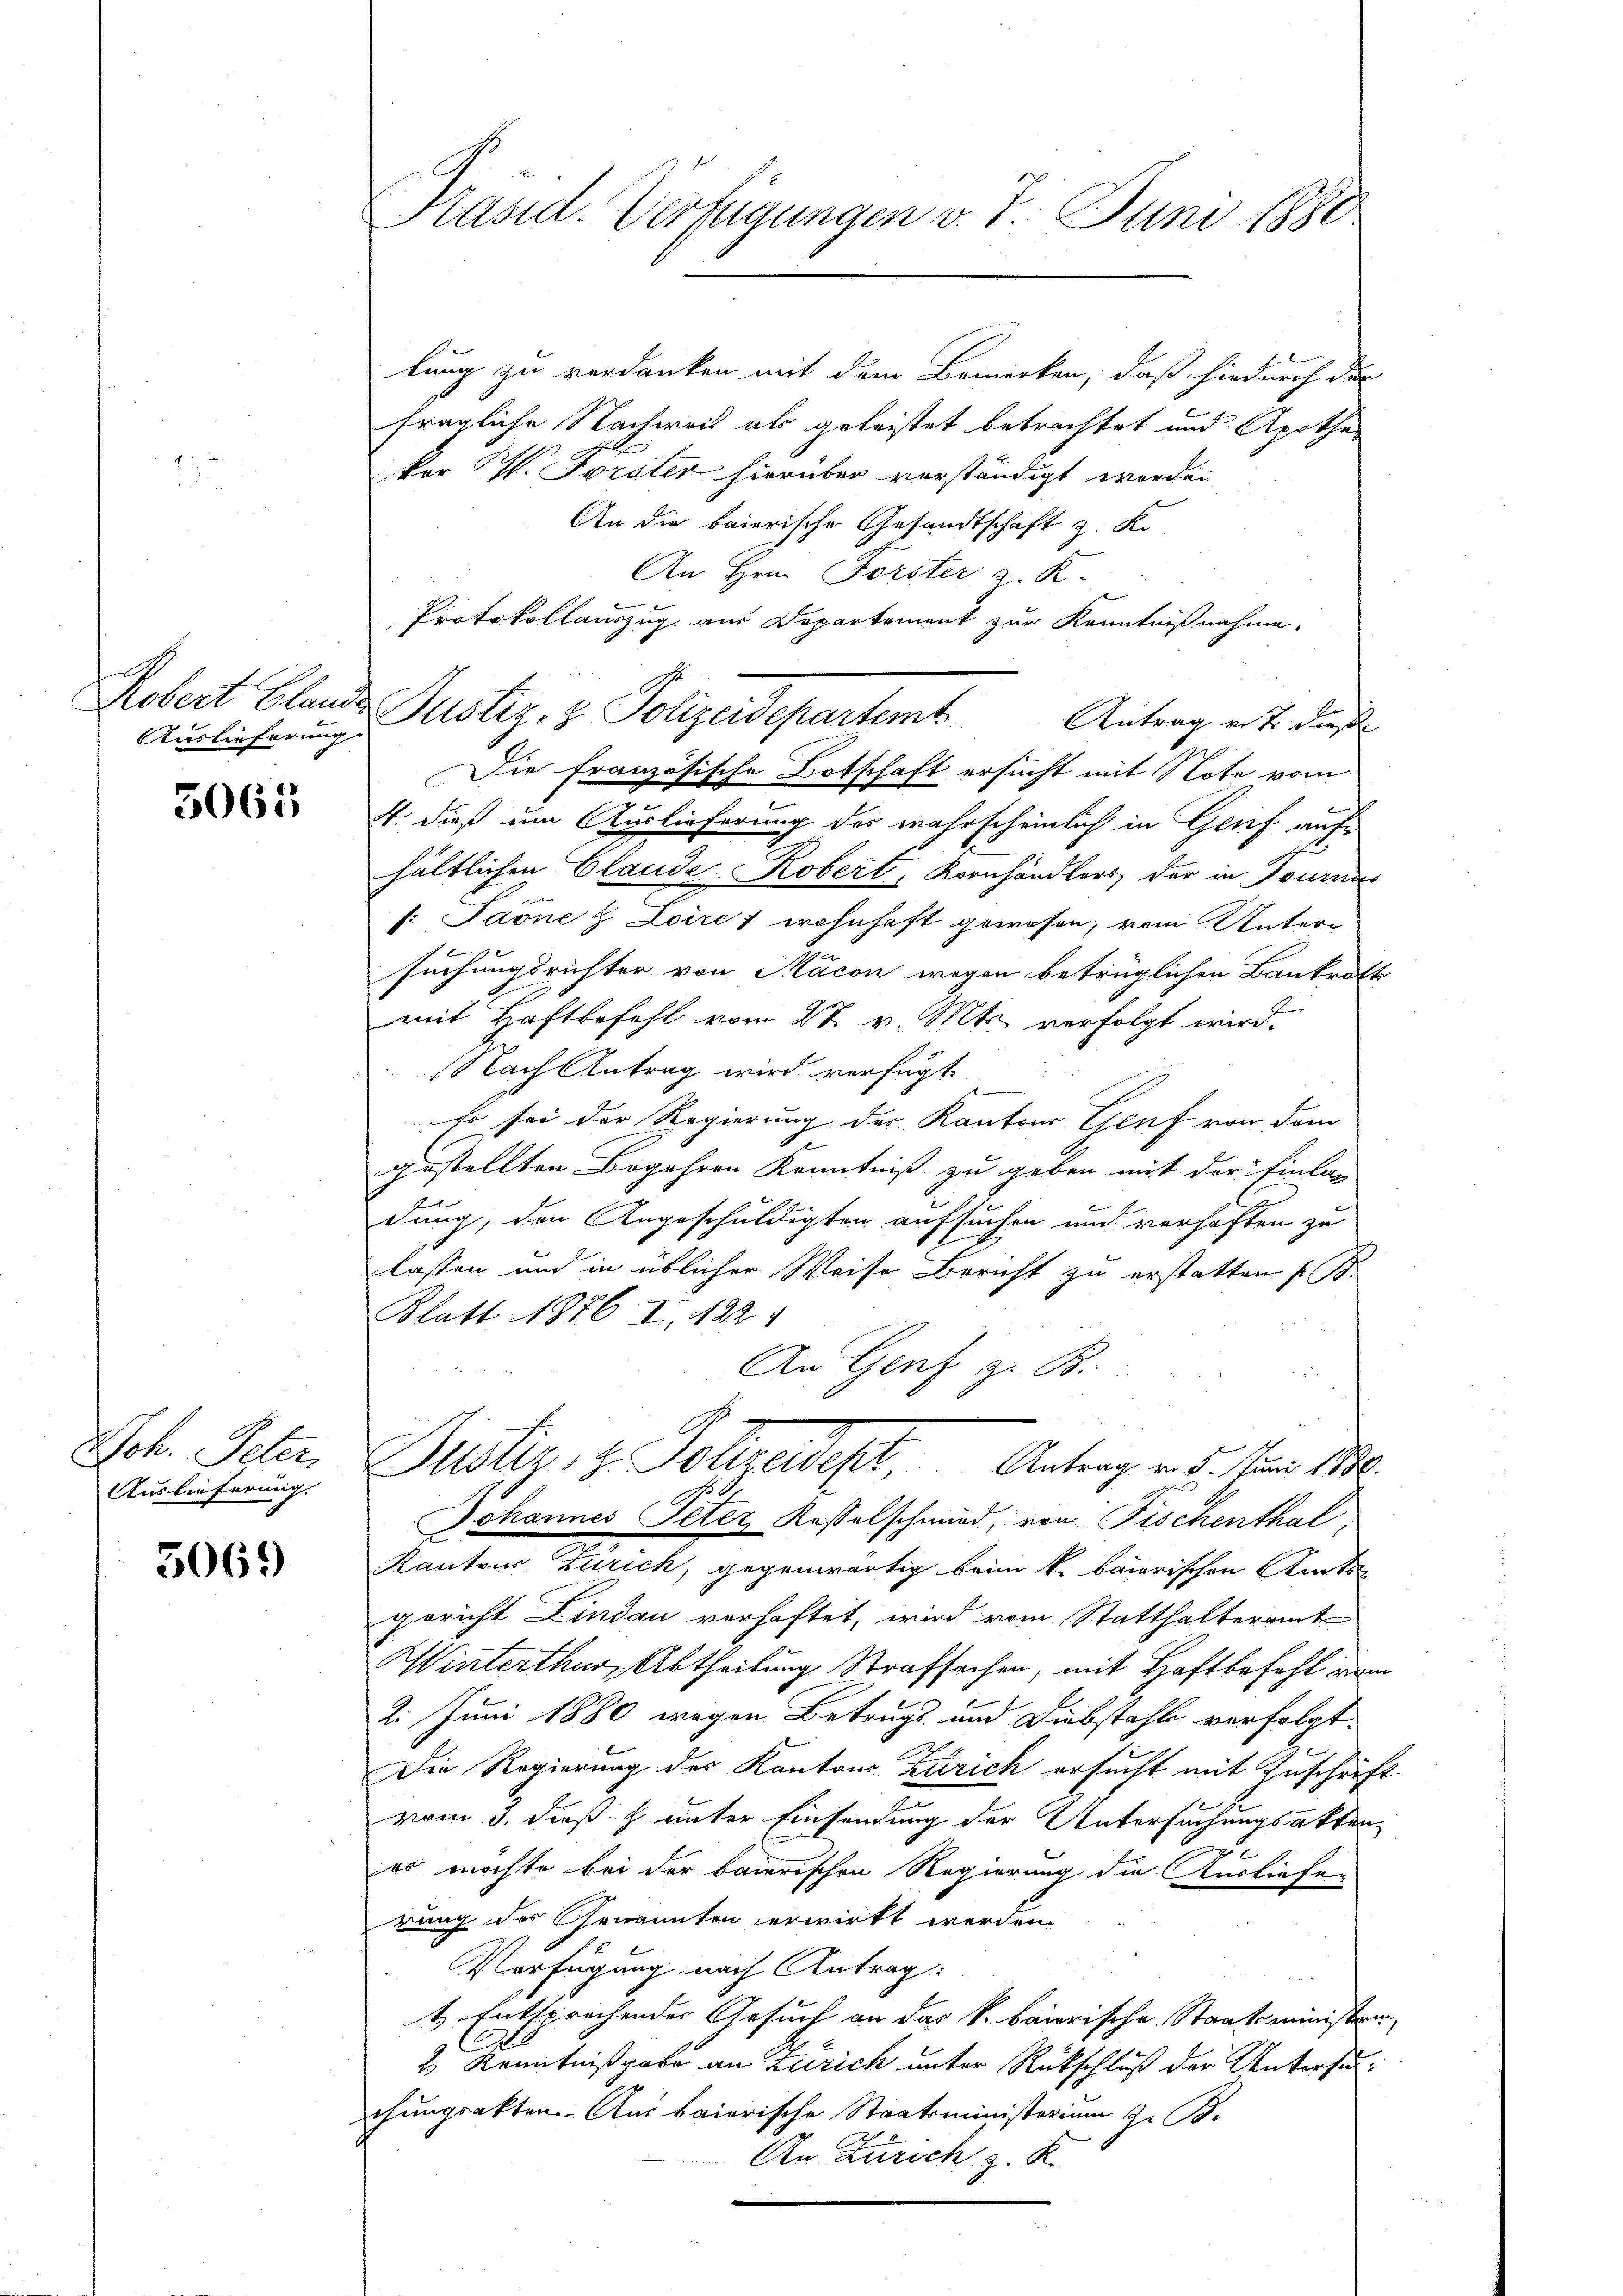
Robert blande
Auslieferung

5065

Jch. Peter
Auslieferung.

5069)

Pasid-Verfügungen v. 7. Juni 1880

lung zu verdanken mit dem Bemerken, daß hiedurch der
fragliche Nachweis als geleistet betrachtet und Apotheker C. Forster hierüber verständigt werden
An die baierische Gesandtschaft z. K.
An Hrn. Forster z. K.
Die französische Botschaft ersucht mit Note vom
4. dieß um Auslieferung des wahrscheinlich in Gruf aufe
hältlichen Claude Robert, Kornhändlers der in Journi
s: Paone H. Loire ; wohnhaft gewesen, vom Untersuchungsrichter von Macon wegen betrüglichen Bankrot-
mit Haftbefehl vom 27. v. Mts. verfolgt wird.
Nach Antrag wird verfügt
so sei der Regierung des Kantons Genf von dem
.
gestellten Begehren Kenntniß zu geben mit der Einlag
dung, den Angeschuldigten aufsuchen und verhaften zu
lassen und in üblicher Weise Bericht zu erstatten (B.
Blatt 1876 I. 1224
An Genf z. B.
Pusler, z. Polizeides, Antrag v. 5. Juni 1890.
Johannes Peter Kasselschmid, von Fischenthal
Kantons Zürich, gegenwärtig beim k. baierischen Amts-
gericht Lindau verhaftet, wird vom Statthalteramt
Winterthur, Abtheilung Strafsachen, mit Haftbefehl der
2. Juni 1880 wegen Betrugs und Diebstahle verfolgt.
Die Regierung des Kantons Zürich ersucht mit Zuschrif
vom 3. dieß & unter Einsendung der Untersuchungsakten
2
es möchte bei der baierischen Regierung die Ausliefe
rung des Genannten erwirkt werden.
Verfügung nach Antrag:
t Entsprechender Gesuch an das k. baierische Staatsministe
2 Kenntnißgabe an Zürich unter Rückschluß der Untersuchungsakten. Aus baierische Staatsministerium z. B.
An Zürich z. R.

Protokollauszug aus Departement zur Kenntnißnahme.
Justiz- & Polizeidepartemt. Antrag ents diese